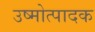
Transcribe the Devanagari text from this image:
उष्मोत्पादक